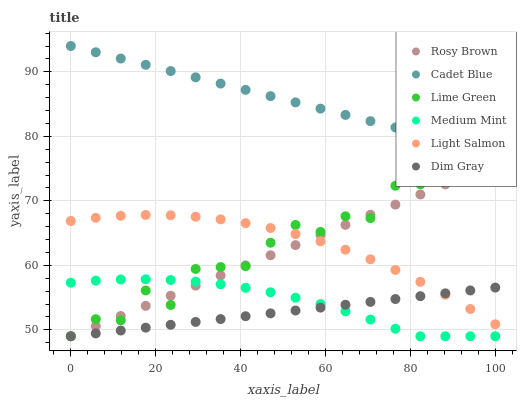
| xaxis_label | Rosy Brown | Cadet Blue | Lime Green | Medium Mint | Light Salmon | Dim Gray |
 | --- | --- | --- | --- | --- | --- | --- |
 | 0 | 49 | 94 | 49 | 57.3 | 66.9 | 49 |
 | 5.88 | 50.6 | 93 | 51.7 | 57.6 | 67.4 | 49.4 |
 | 11.8 | 52.1 | 92.1 | 51.5 | 57.8 | 67.7 | 49.9 |
 | 17.6 | 53.7 | 91.1 | 56.1 | 57.8 | 67.8 | 50.3 |
 | 23.5 | 55.3 | 90.1 | 53.9 | 57.7 | 67.8 | 50.8 |
 | 29.4 | 56.9 | 89.1 | 59.4 | 57.5 | 67.5 | 51.2 |
 | 35.3 | 58.4 | 88.2 | 59.7 | 57.1 | 67.1 | 51.7 |
 | 41.2 | 60 | 87.2 | 59.9 | 56.5 | 66.5 | 52.1 |
 | 47.1 | 61.6 | 86.2 | 63.5 | 55.8 | 65.8 | 52.6 |
 | 52.9 | 63.1 | 85.3 | 66.3 | 55 | 64.8 | 53 |
 | 58.8 | 64.7 | 84.3 | 65.2 | 54 | 63.7 | 53.4 |
 | 64.7 | 66.3 | 83.3 | 67.6 | 52.9 | 62.4 | 53.9 |
 | 70.6 | 67.8 | 82.3 | 67.3 | 51.6 | 60.9 | 54.3 |
 | 76.5 | 69.4 | 81.4 | 72.3 | 50.2 | 59.3 | 54.8 |
 | 82.4 | 71 | 80.4 | 72.6 | 49 | 57.4 | 55.2 |
 | 88.2 | 72.6 | 79.4 | 76.3 | 49 | 55.4 | 55.7 |
 | 94.1 | 74.1 | 78.5 | 75.9 | 49 | 53.2 | 56.1 |
 | 100 | 75.7 | 77.5 | 77.5 | 49 | 50.9 | 56.5 |